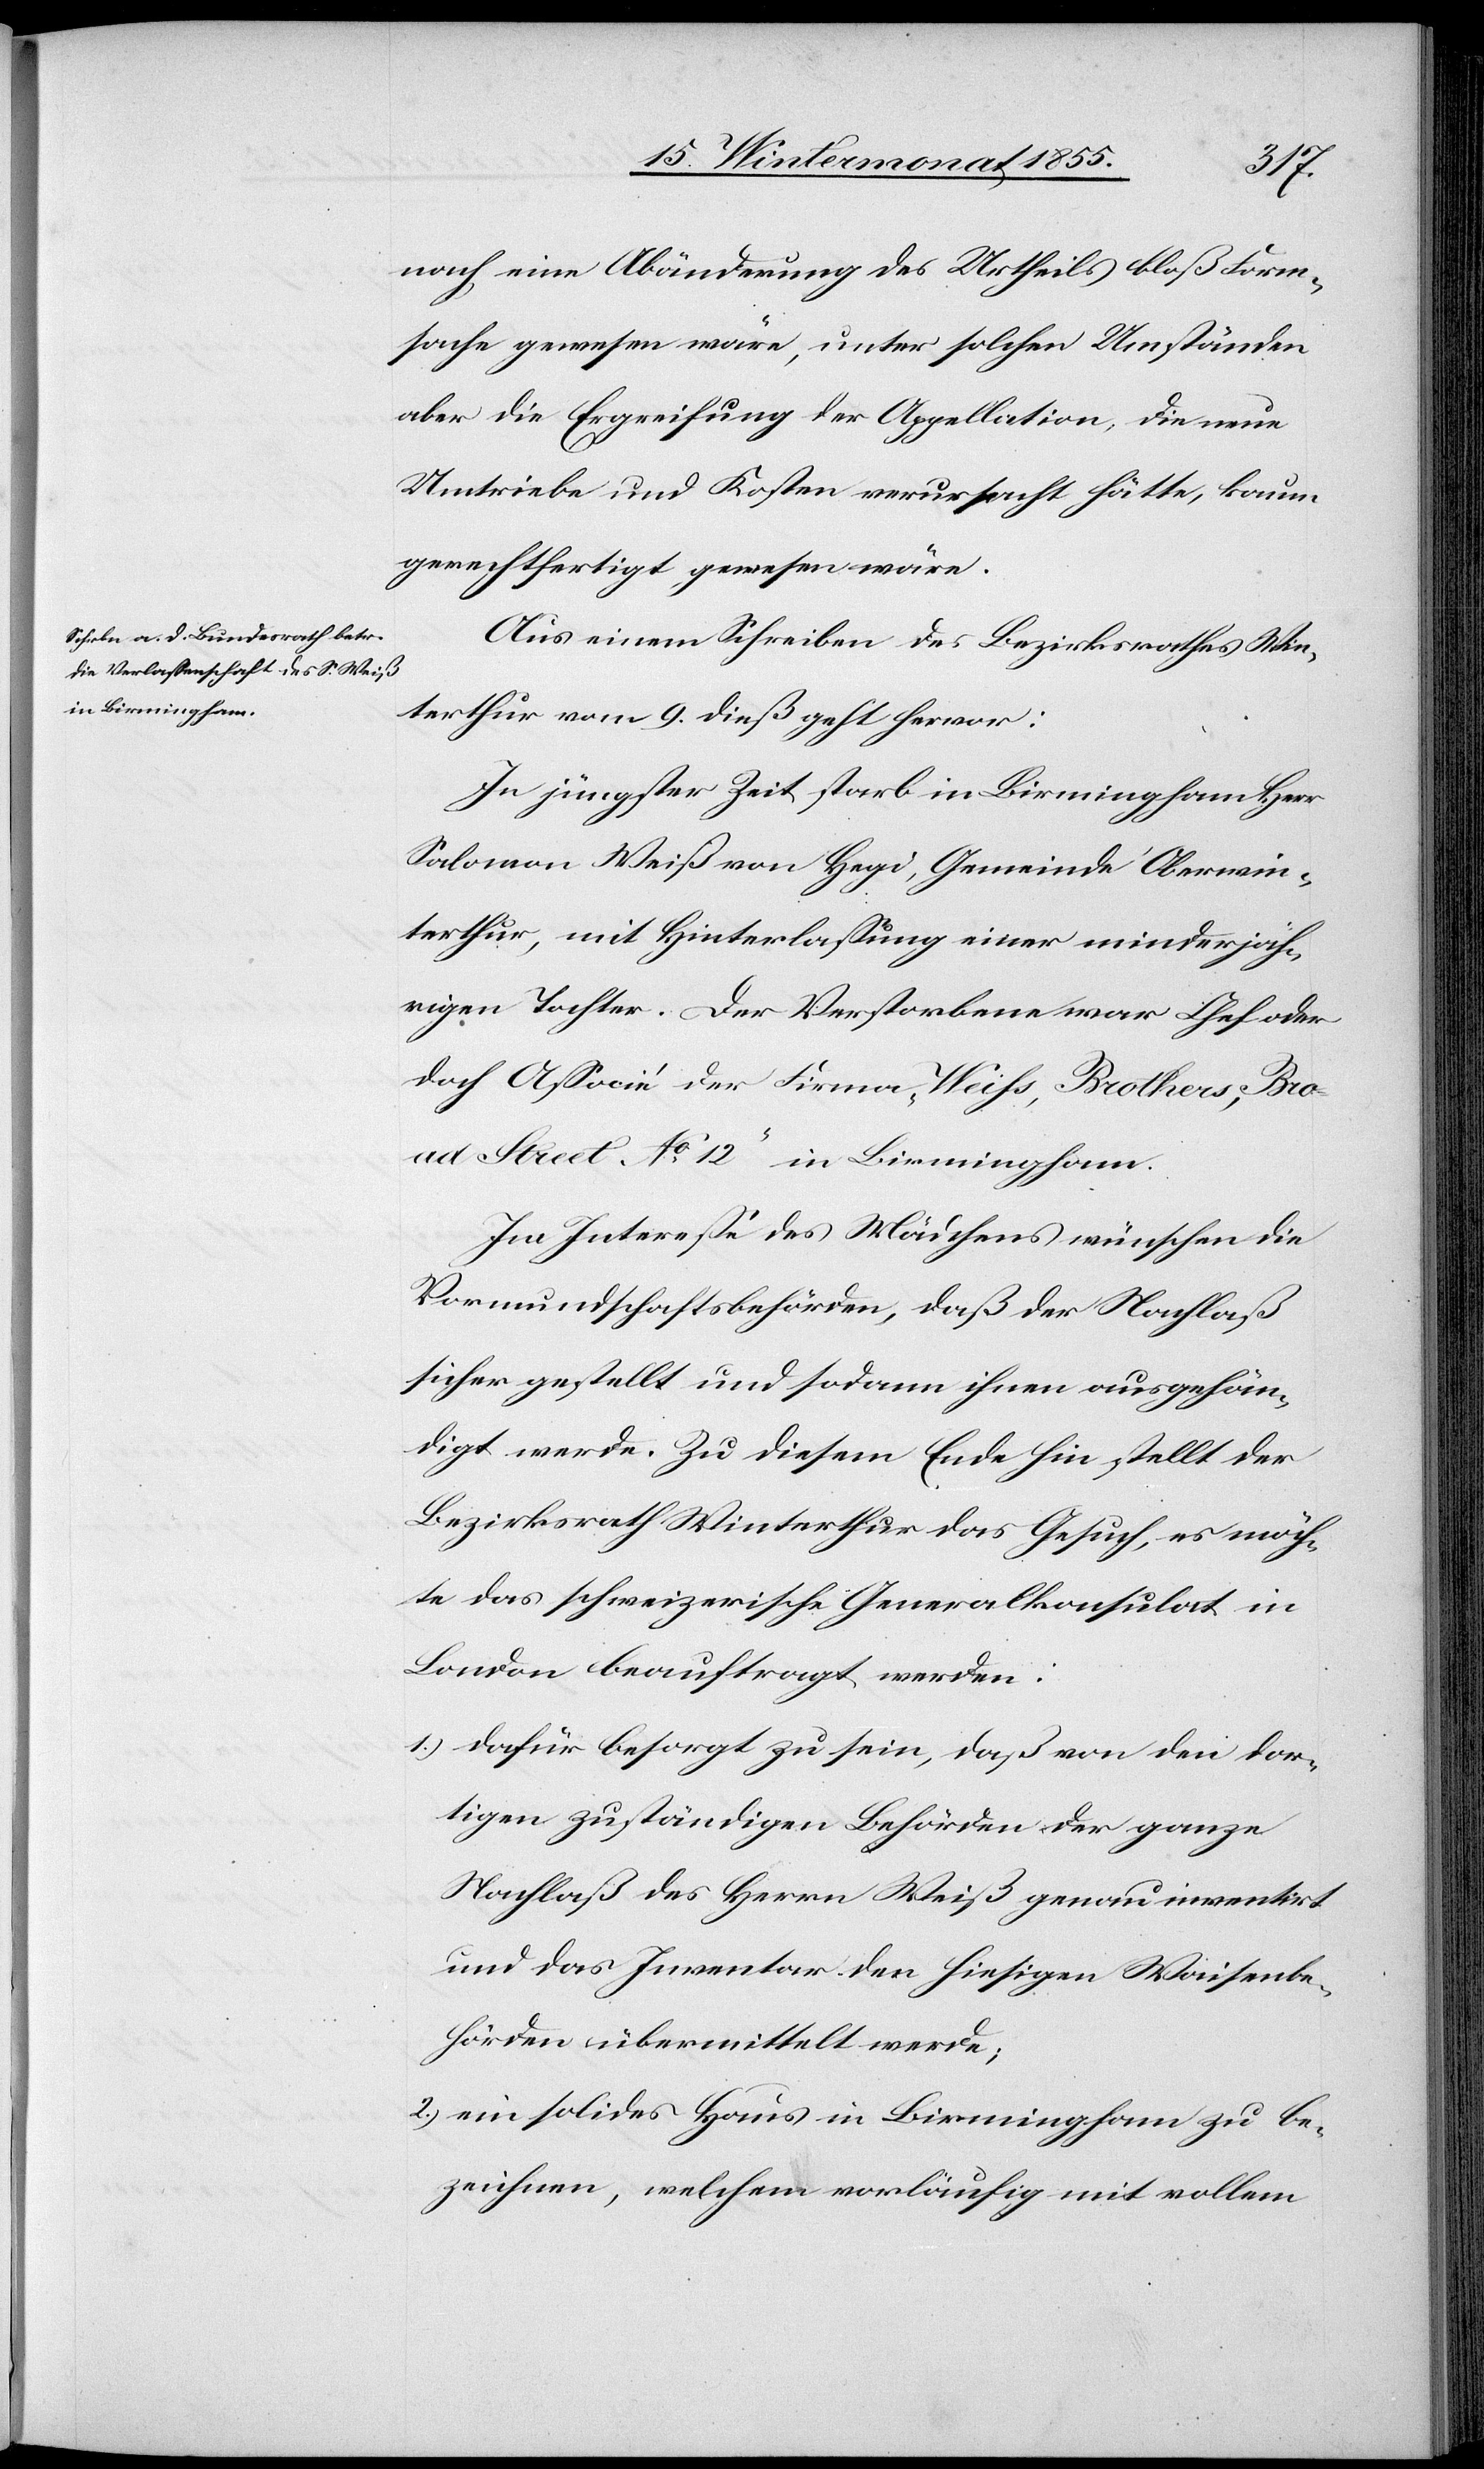
nach eine Abänderung des Urtheils bloß Form¬
sache gewesen wäre, unter solchen Umständen
aber die Ergreifung der Appellation, die neue
Umtriebe und Kosten verursacht hätte, kaum
gerechtfertigt gewesen wäre.
Aus einem Schreiben des Bezirksrathes Win¬
terthur vom 9. dieß geht hervor:
In jüngster Zeit starb in Birmingham Herr
Salomon Weiß von Hegi, Gemeinde Oberwin¬
terthur, mit Hinterlassung einer minderjäh¬
rigen Tochter. Der Verstorbene war Chef oder
doch Associé der Firma „Weiss, Brothers, Bro¬
ad Street No 12“ in Birmingham.
Im Interesse des Mädchens wünschen die
Vormundschaftsbehörden, daß der Nachlaß
sicher gestellt und sodann ihnen ausgehän¬
digt werde. Zu diesem Ende hin stellt der
Bezirksrath Winterthur das Gesuch, es möch¬
te das schweizerische Generalkonsulat in
London beauftragt werden:
dafür besorgt zu sein, daß von den dor¬
tigen zuständigen Behörden der ganze
Nachlaß des Herrn Weiß genau inventirt
und das Inventar den hiesigen Waisenbe¬
hörden übermittelt werde;
ein solides Haus in Birmingham zu be¬
zeichnen, welchem vorläufig mit vollem